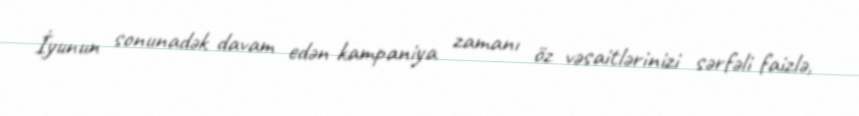
İyunun sonunadək davam edən kampaniya zamanı öz vəsaitlərinizi sərfəli faizlə,